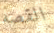
القصه